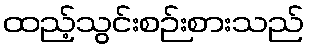
ထည့်သွင်းစဉ်းစားသည်